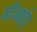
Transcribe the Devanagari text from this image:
डीआईए